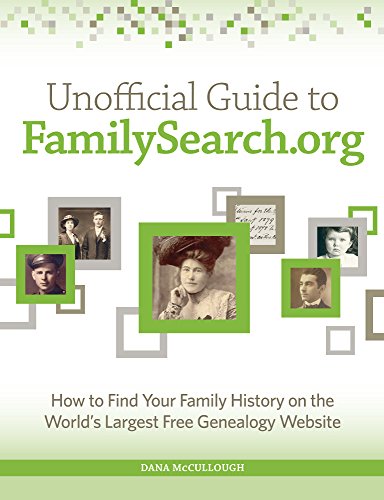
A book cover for Unofficial Guide to FamilySearch.org: How to Find Your Family History on the Largest Free Genealogy Website; Dana McCullough; Reference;